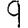
Digit: 9